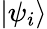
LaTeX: |\psi_{i}\rangle